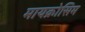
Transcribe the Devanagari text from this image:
मायक्रोसिम